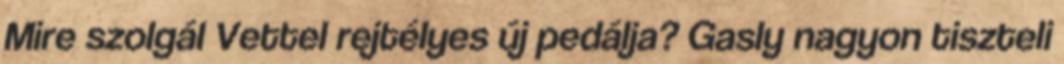
Mire szolgál Vettel rejtélyes új pedálja? Gasly nagyon tiszteli